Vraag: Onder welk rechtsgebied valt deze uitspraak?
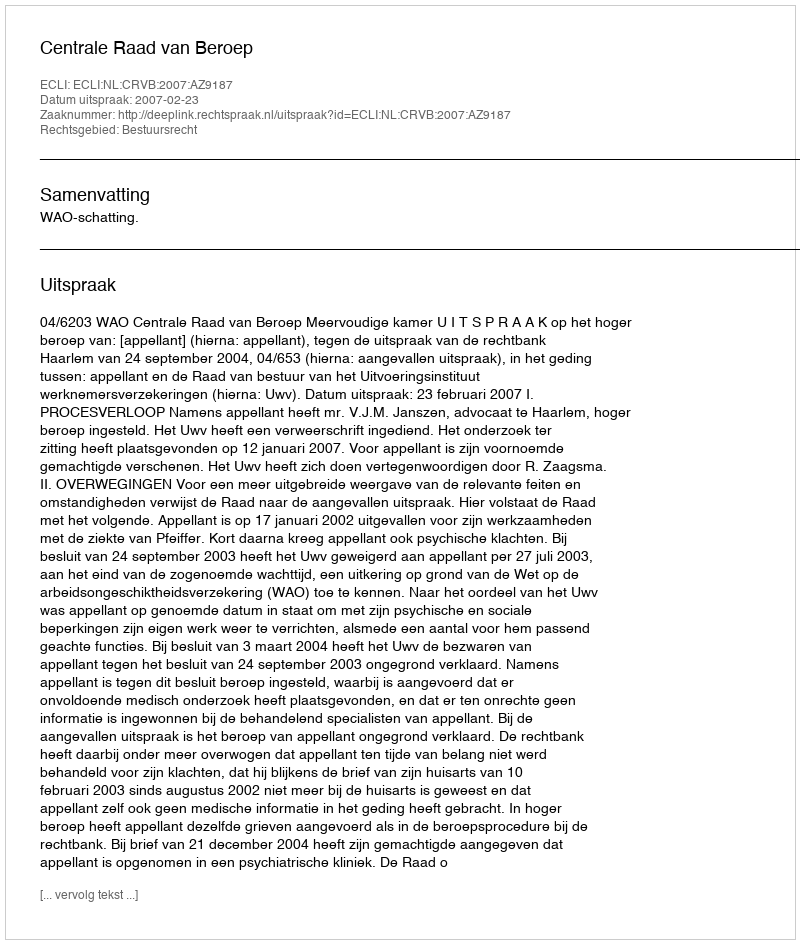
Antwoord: Bestuursrecht